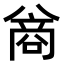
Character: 𪞊